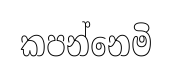
කපන්නෙමි